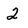
Character: 2